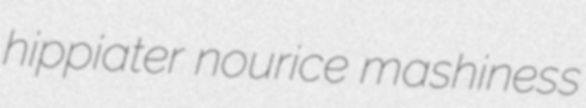
hippiater nourice mashiness